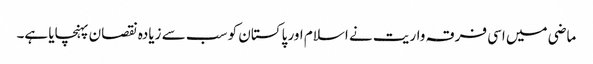
ماضی میں اسی فرقہ واریت نے اسلام اور پاکستان کو سب سے زیادہ نقصان پہنچایا ہے۔